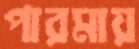
পারমায়